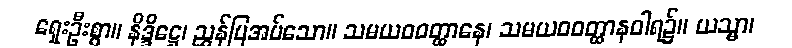
ရှေးဦးစွာ။ နိဒ္ဒိဋ္ဌေ၊ ညွှန်ပြအပ်သော။ သမယဝဝတ္ထာနေ၊ သမယဝဝတ္ထာနဝါရ၌။ ယသ္မာ၊